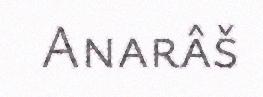
Anarâš